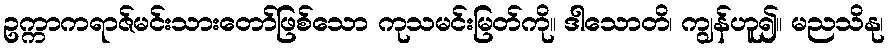
ဥက္ကာကရာဇ်မင်းသားတော်ဖြစ်သော ကုသမင်းမြတ်ကို။ ဒါသောတိ၊ ကျွန်ဟူ၍။ မညသိနု၊